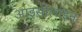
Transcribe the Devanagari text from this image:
आइसोलाइन